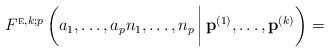
LaTeX: \begin{align*} F^{\textsc{e},k;p}\left({a_1,\ldots,a_p}{n_1,\ldots, n_p}\,\bigg|\,\mathbf p^{(1)},\ldots,\mathbf p^{(k)}\right)=\end{align*}